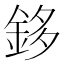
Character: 鉹